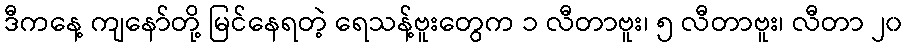
ဒီကနေ့ ကျနော်တို့ မြင်နေရတဲ့ ရေသန့်ဗူးတွေက ၁ လီတာဗူး၊ ၅ လီတာဗူး၊ လီတာ ၂၀